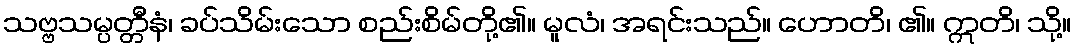
သဗ္ဗသမ္ပတ္တီနံ၊ ခပ်သိမ်းသော စည်းစိမ်တို့၏။ မူလံ၊ အရင်းသည်။ ဟောတိ၊ ၏။ ဣတိ၊ သို့။